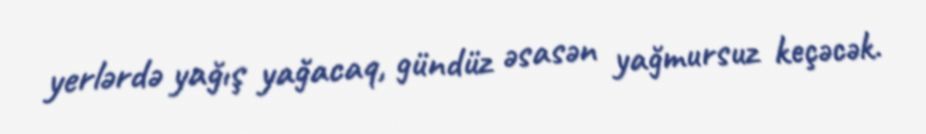
yerlərdə yağış yağacaq, gündüz əsasən yağmursuz keçəcək.